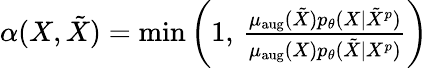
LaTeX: \begin{array}{r}{\alpha(X,\tilde{X})=\operatorname*{min}\left(1,\, \frac{\mu_{\mathrm{aug}}(\tilde{X})p_{\theta}(X\mid\tilde{X}^{p})}{\mu_{\mathrm{aug}}(X)p_{\theta}(\tilde{X}\mid X^{p})}\right)}\end{array}